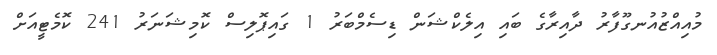
މުއިއްޒުއުނގޫފާރު ދާއިރާގެ ބައި އިލެކްޝަން ޑިސެމްބަރު 1 ގައިޕޮލިސް ކޮމިޝަނަރު 241 ކޮމެޓީއަށް